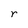
Character: r